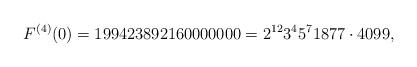
LaTeX: \begin{align*}F^{(4)}(0)=199423892160000000=2^{12}3^{4}5^{7}1877\cdot 4099,\end{align*}